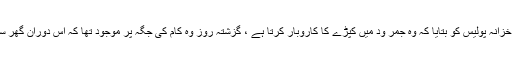
عبدالمطلب ولد حاجی گل بدین ساکن ابراہیم آباد نے رپورٹ در ج کراتے ہوئے تھانہ خزانہ پولیس کو بتایا کہ وہ جمر ود میں کپڑے کا کاروبار کرتا ہے ، گزشتہ روز وہ کام کی جگہ پر موجود تھا کہ اس دوران گھر سے اطلاع ملی ’’تمہاری دوسری اہلیہ مسماۃ 21سالہ افشاں نے خود کشی کر لی ہے۔